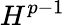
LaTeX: H^{p-1}